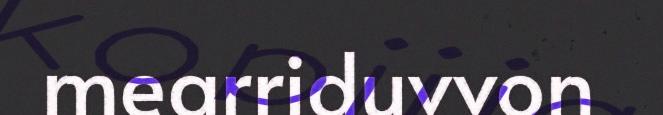
mearriduvvon